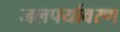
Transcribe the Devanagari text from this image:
जलपर्यावरण